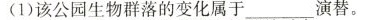
(1)该公园生物群落的变化属于 __演替。